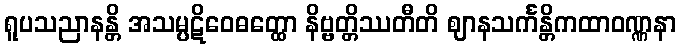
ရူပသညာနန္တိ အသမ္ပဋိဝေဓတ္ထော နိဗ္ဗတ္တိဿတီတိ ဈာနသင်္ကန္တိကထာဝဏ္ဏနာ